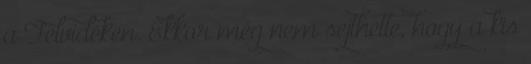
a Felvidéken. Ekkor még nem sejthette, hogy a kis